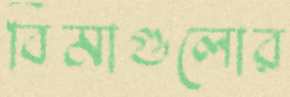
বিমাগুলোর